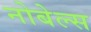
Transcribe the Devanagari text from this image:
नोबेल्स